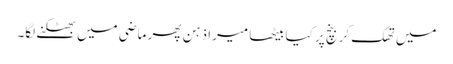
میں تھک کر بنچ پر کیا بیٹھا میرا ذہن پھر ماضی میں بھٹکنے لگا۔